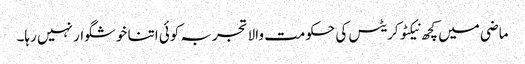
ماضی میں کچھ نیکٹوکریٹس کی حکومت والا تجربہ کوئی اتنا خوشگوار نہیں رہا۔